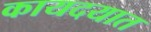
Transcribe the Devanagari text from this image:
कायदयात